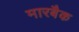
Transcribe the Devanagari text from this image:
मारबैक